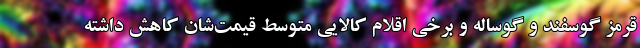
قرمز گوسفند و گوساله و برخی اقلام کالایی متوسط قیمت‌شان کاهش داشته